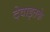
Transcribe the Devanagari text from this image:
देवाइतके